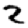
Digit: 2